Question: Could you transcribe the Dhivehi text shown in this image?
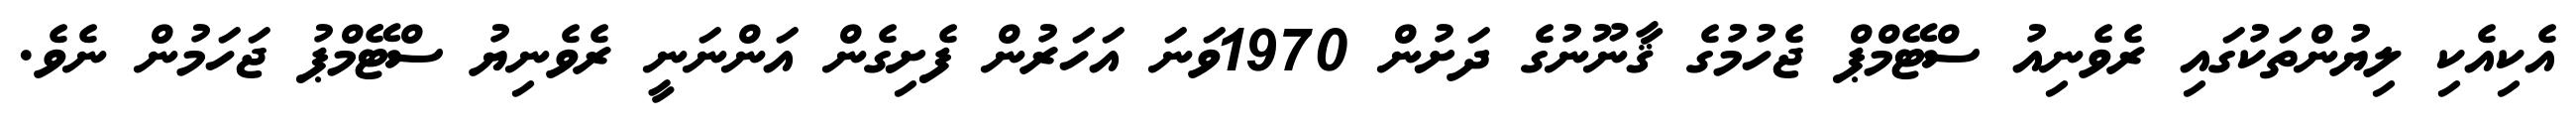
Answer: އެކިއެކި ލިޔުންތަކުގައި ރެވެނިއު ސްޓޭމްޕް ޖެހުމުގެ ޤާނޫނުގެ ދަށުން 1970ވަނަ އަހަރުން ފެށިގެން އަންނަނީ ރެވެނިޔު ސްޓޭމްޕު ޖަހަމުން ނެވެ.